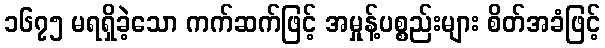
၁၆၇၅ မရရှိခဲ့သော ကက်ဆက်ဖြင့် အမှုန့်ပစ္စည်းများ စိတ်အခံဖြင့်